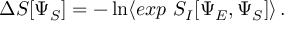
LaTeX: \Delta S [ \Psi _ { S } ] = - \ln \langle e x p ~ S _ { I } [ \Psi _ { E } , \Psi _ { S } ] \rangle \, .